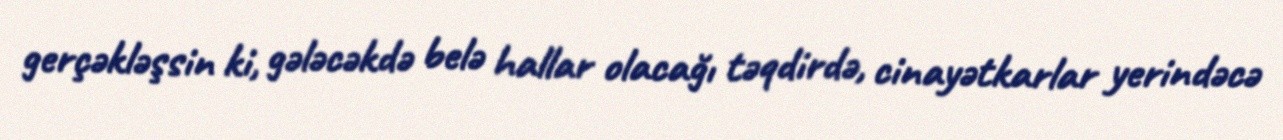
gerçəkləşsin ki, gələcəkdə belə hallar olacağı təqdirdə, cinayətkarlar yerindəcə